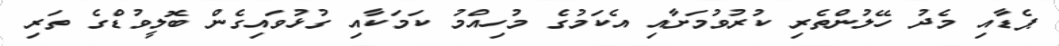
ޕެޑާއި މެދު ހޭލުންތެރި ކުރުވުމަށާއި އެކަމުގެ މުހިއްމު ކަމަކާއި ގުޅުވައިގެން ބޮލީވުޑްގެ ތަރި